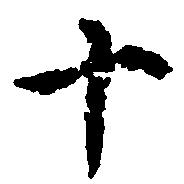
十